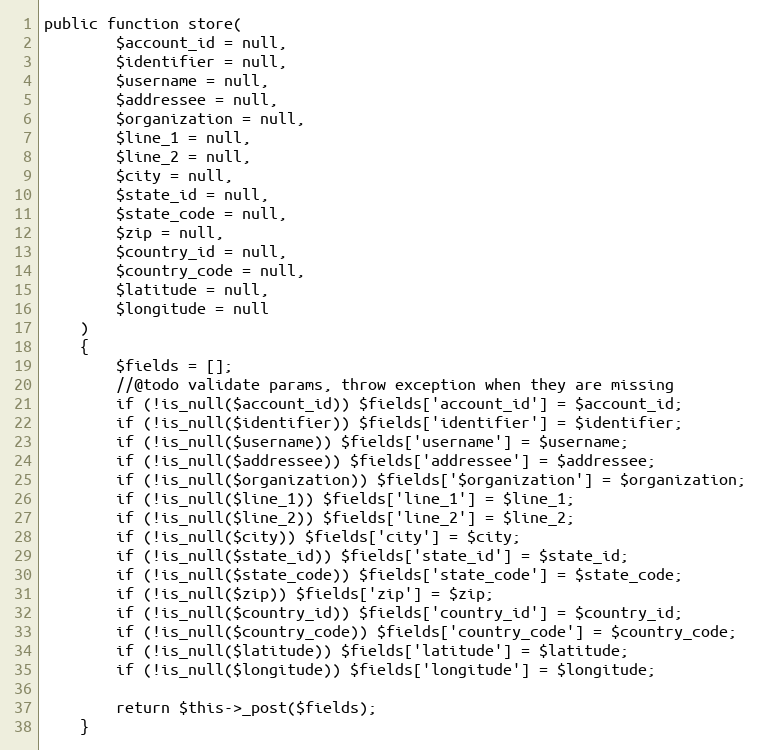
Language: PHP
public function store(
        $account_id = null,
        $identifier = null,
        $username = null,
        $addressee = null,
        $organization = null,
        $line_1 = null,
        $line_2 = null,
        $city = null,
        $state_id = null,
        $state_code = null,
        $zip = null,
        $country_id = null,
        $country_code = null,
        $latitude = null,
        $longitude = null
    )
    {
        $fields = [];
        //@todo validate params, throw exception when they are missing
        if (!is_null($account_id)) $fields['account_id'] = $account_id;
        if (!is_null($identifier)) $fields['identifier'] = $identifier;
        if (!is_null($username)) $fields['username'] = $username;
        if (!is_null($addressee)) $fields['addressee'] = $addressee;
        if (!is_null($organization)) $fields['$organization'] = $organization;
        if (!is_null($line_1)) $fields['line_1'] = $line_1;
        if (!is_null($line_2)) $fields['line_2'] = $line_2;
        if (!is_null($city)) $fields['city'] = $city;
        if (!is_null($state_id)) $fields['state_id'] = $state_id;
        if (!is_null($state_code)) $fields['state_code'] = $state_code;
        if (!is_null($zip)) $fields['zip'] = $zip;
        if (!is_null($country_id)) $fields['country_id'] = $country_id;
        if (!is_null($country_code)) $fields['country_code'] = $country_code;
        if (!is_null($latitude)) $fields['latitude'] = $latitude;
        if (!is_null($longitude)) $fields['longitude'] = $longitude;

        return $this->_post($fields);
    }